Lunatic asylums in Bengal annual reports 1912-1924 - 1912-1924
Year: 1912
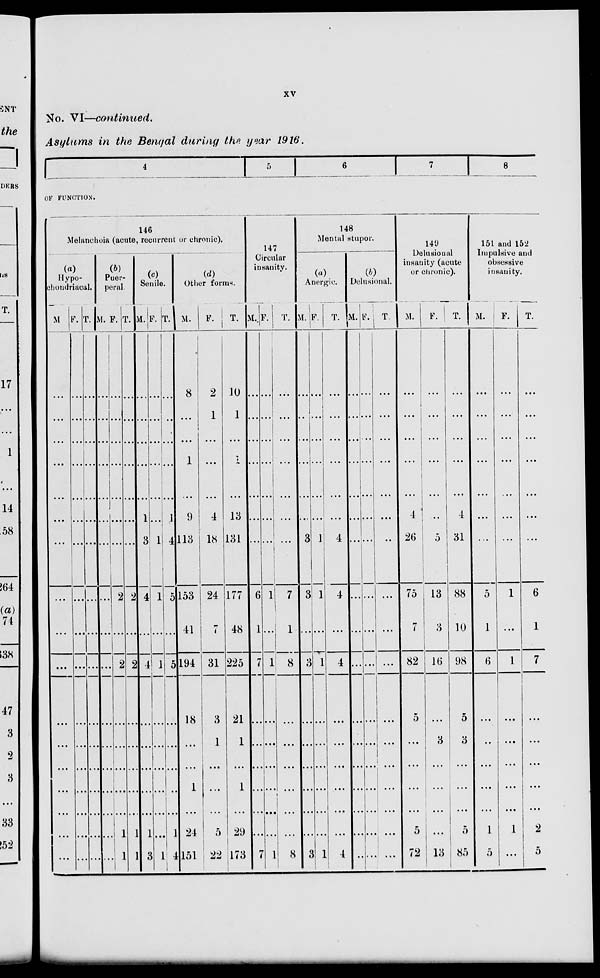
xv
No. VI—continued.
Asylums in the Bengal during the year 1916.
4
5
6 7
8
OF FUNCTION.
146
Melanchoia (acute, recurrent or chronic).
(a)
Hypo-
chondriacal.
M
...
...
...
...
...
...
...
...
...
...
...
...
...
...
...
...
...
F.
...
...
...
...
...
...
...
...
...
...
...
...
...
...
...
...
...
T.
...
...
...
...
...
...
...
...
...
...
...
...
...
...
...
...
...
(b)
Puer-
peral.
M.
...
...
...
...
...
...
...
...
...
...
...
...
...
...
...
...
...
F.
...
...
...
...
...
...
...
2
...
2
...
...
...
...
...
1
1
T.
...
...
...
...
...
...
...
2
...
2
...
...
...
...
...
1
1
(c)
Senile.
M.
...
...
...
...
...
1
3
4
...
4
...
...
...
...
...
1
3
F.
...
...
...
...
...
...
1
1
...
1
...
...
...
...
...
...
1
T.
...
...
...
...
...
1
4
5
...
5
...
...
...
...
...
1
4
(d)
Other forms.
M.
8
...
...
1
...
9
113
153
41
194
18
...
...
1
...
24
151
F.
2
1
...
...
...
4
18
24
7
31
3
1
...
...
...
5
22
T.
10
1
...
1
...
13
131
177
48
225
21
1
...
1
...
29
173
147
Circular
insanity.
M.
...
...
...
...
...
...
...
6
1
7
...
...
...
...
...
...
7
F.
...
...
...
...
...
...
...
1
...
1
...
...
...
...
...
...
1
T.
...
...
...
...
...
...
...
7
1
8
...
...
...
...
...
...
8
148
Mental stupor.
(a)
Anergic.
M.
...
...
...
...
...
...
3
3
...
3
...
...
...
...
...
...
3
F.
...
...
...
...
...
...
1
1
...
1
...
...
...
...
...
...
1
T.
...
...
...
...
...
...
4
4
...
4
...
...
...
...
...
...
4
(b)
Delusional.
M.
...
...
...
...
...
...
...
...
...
...
...
...
...
...
...
...
...
F.
...
...
...
...
...
...
...
...
...
...
...
...
...
...
...
...
...
T.
...
...
...
...
...
...
...
...
...
...
...
...
...
...
...
...
...
149
Delusional
insanity (acute
or chronic).
M.
...
...
...
...
...
4
26
75
7
82
5
...
...
...
...
5
72
F.
...
...
...
...
...
...
5
13
3
16
...
3
...
...
...
...
13
T.
...
...
...
...
...
4
31
88
10
98
5
3
...
...
...
5
85
151 and 152
Impulsive and
obsessive
insanity.
M.
...
...
...
...
...
...
...
5
1
6
...
...
...
...
...
1
5
F.
...
...
...
...
...
...
...
1
...
1
...
...
...
...
...
1
...
T.
...
...
...
...
...
...
...
6
1
7
...
...
...
...
...
2
5